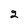
Character: 2